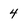
Character: 4